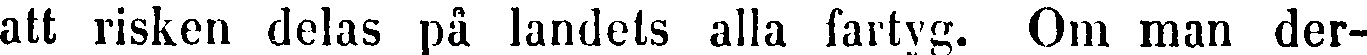
att risken delas på landets alla fartyg. Om man der-